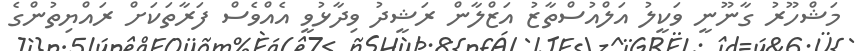
މަޝްހޫރު ގާނޫނީ ވަކީލު އަލްއުސްތާޒު އަޒްލާން ރަޝީދު ވިދާޅުވީ އެއްވެސް ފަރާތަކަށް ރައްޔިތުންގެ